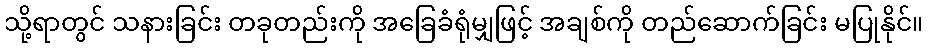
သို့ရာတွင် သနားခြင်း တခုတည်းကို အခြေခံရုံမျှဖြင့် အချစ်ကို တည်ဆောက်ခြင်း မပြုနိုင်။